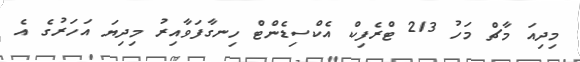
މިދިއަ މާޗް މަހު 213 ޓްރެފިކް އެކްސިޑެންޓް ހިނގާފަވާއިރު މިދިޔަ އަހަރުގެ އެ